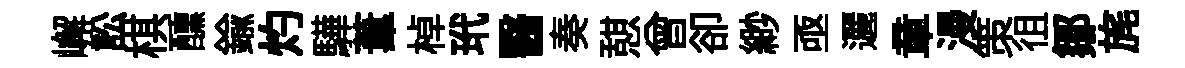
嶰訟棋醺鍮灼驊葦棹玳醫奏憇曾卻緲亟邐章漫策徂鄒旄